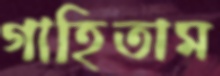
গাহিতাম